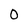
Character: 0